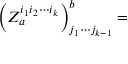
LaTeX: \left( Z _ { a } ^ { i _ { 1 } i _ { 2 } \cdots i _ { k } } \right) _ { j _ { 1 } \cdots j _ { k - 1 } } ^ { b } =